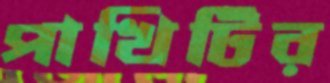
পাখিটির